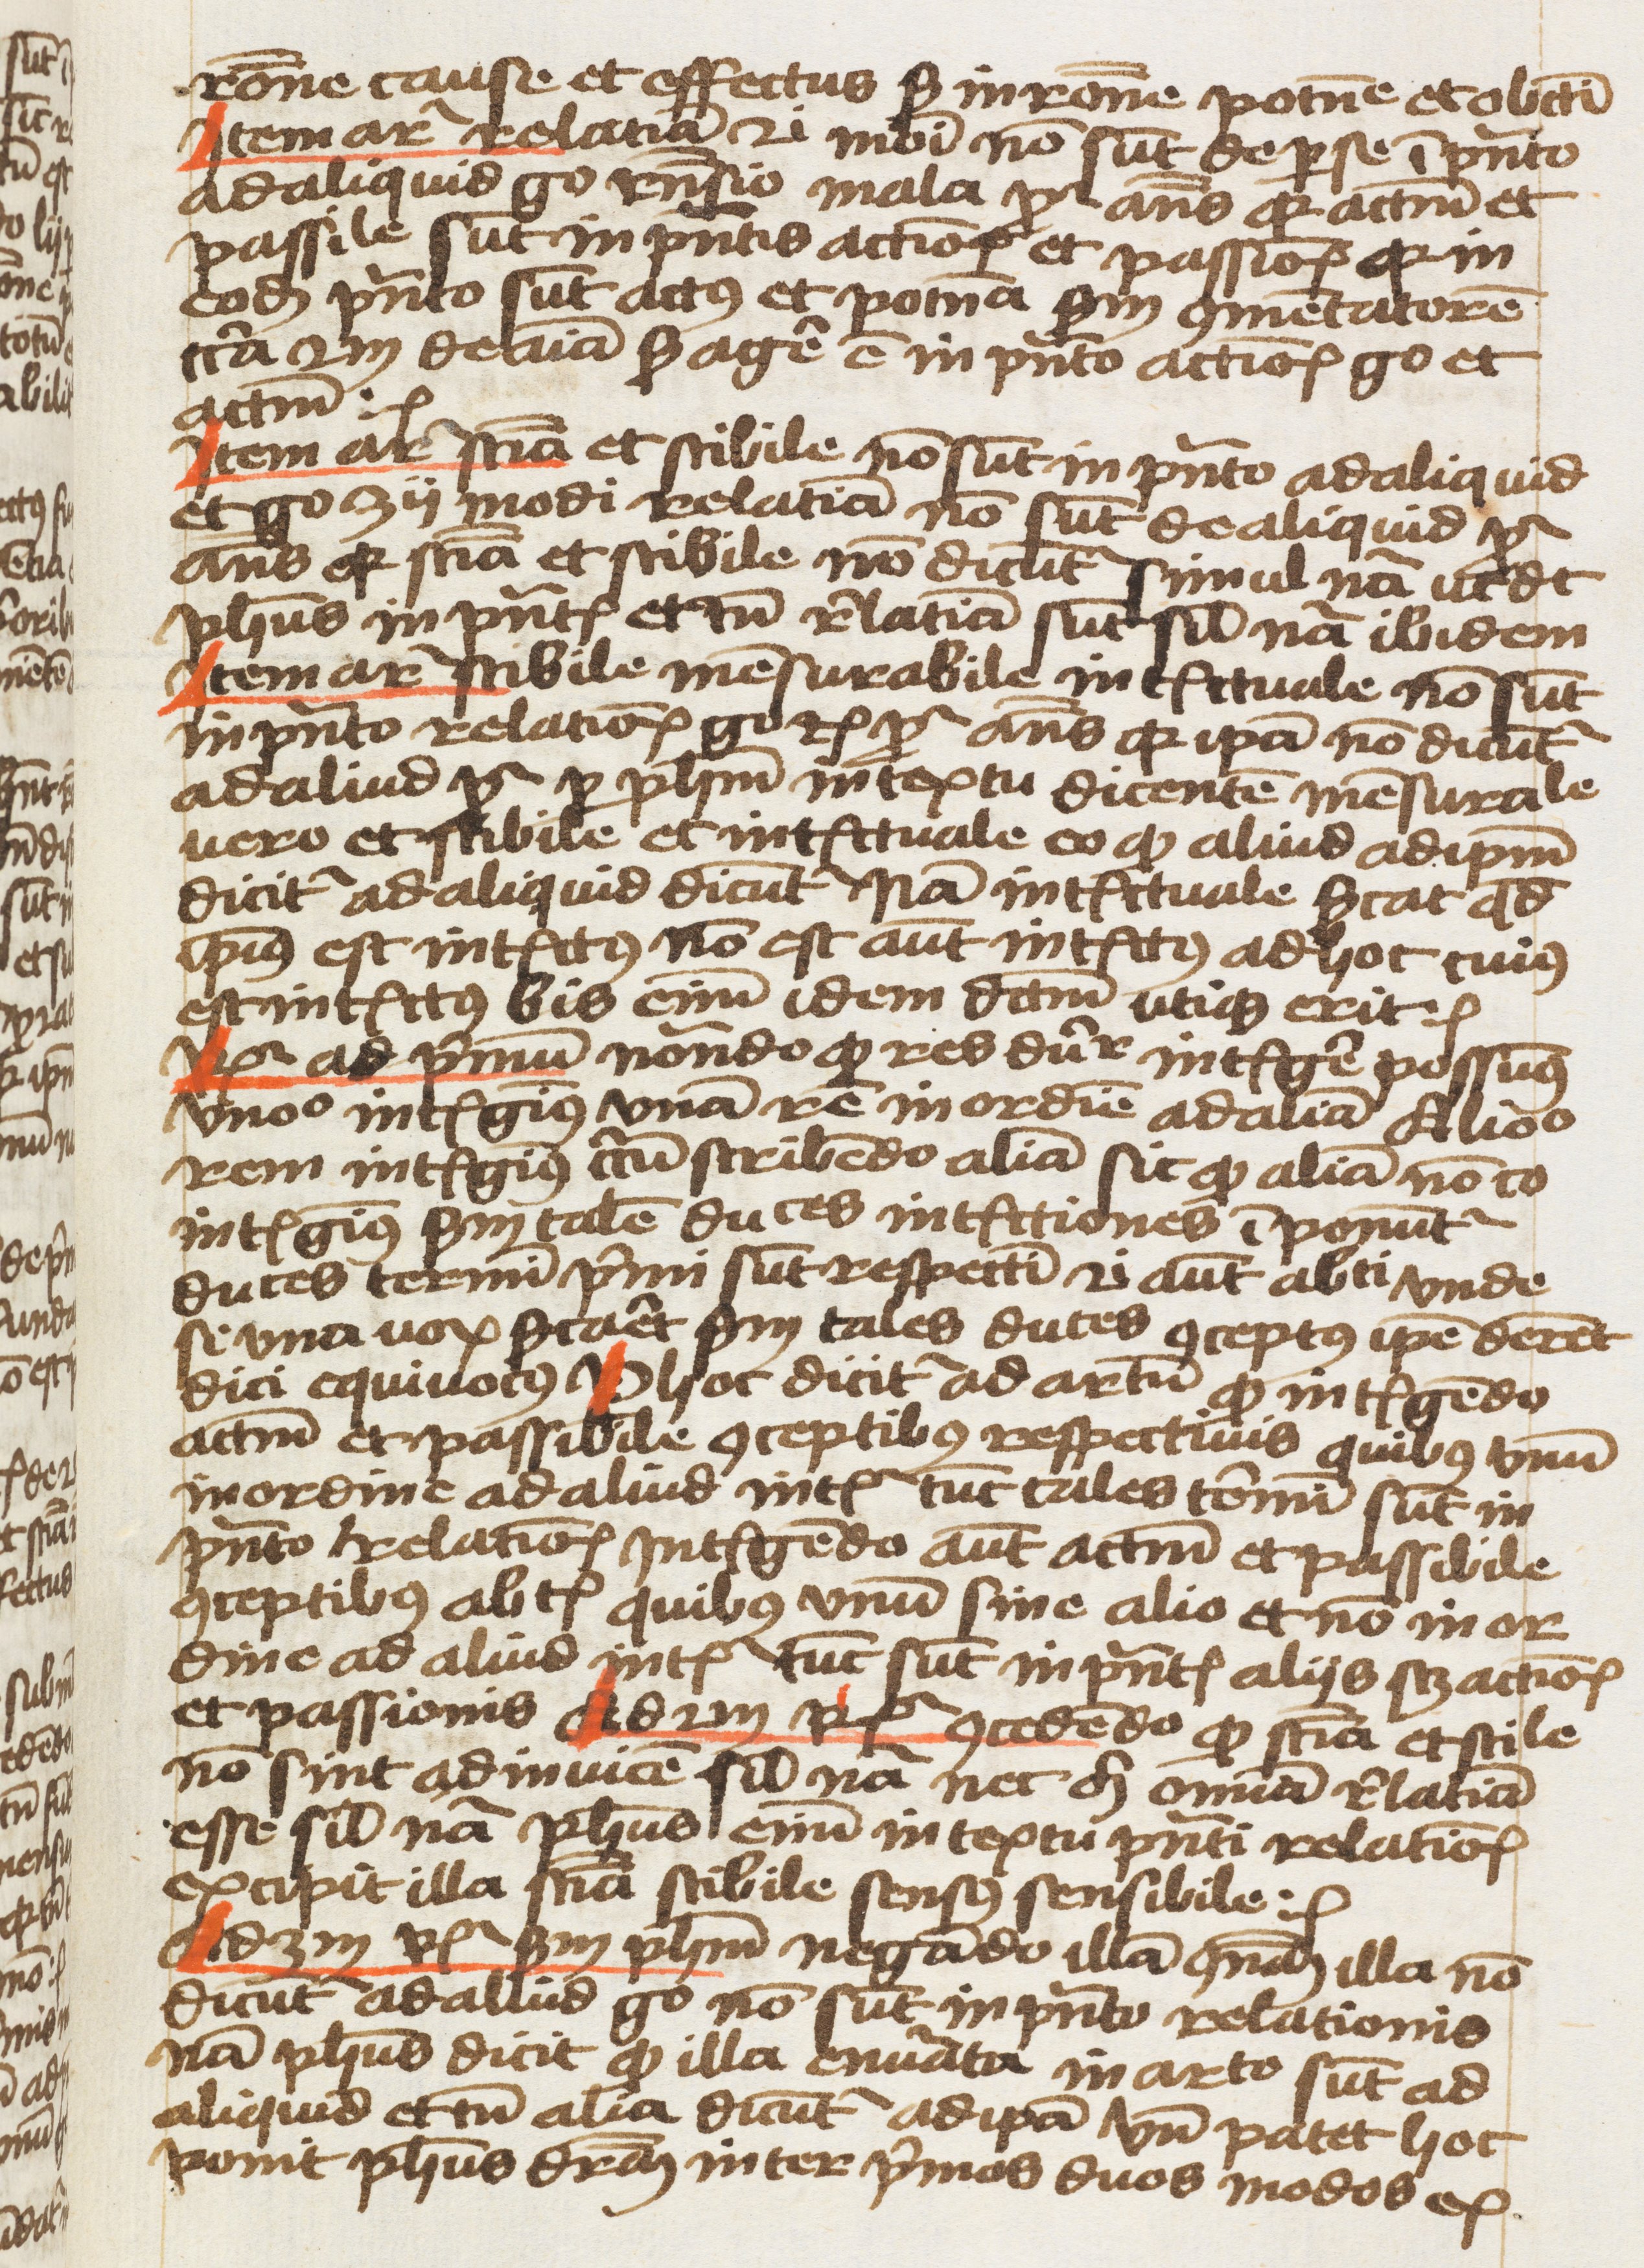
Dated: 1459–1459